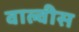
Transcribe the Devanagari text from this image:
वाल्वीस